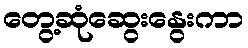
တွေ့ဆုံဆွေးနွေးကာ